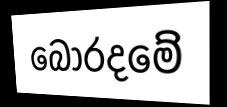
බොරදමේ